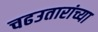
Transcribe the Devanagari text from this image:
चढउतारांच्या